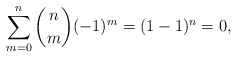
\begin{align*} \sum_{m=0}^n\binom{n}{m}(-1)^m=(1-1)^n=0,\end{align*}